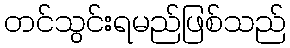
တင်သွင်းရမည်ဖြစ်သည်